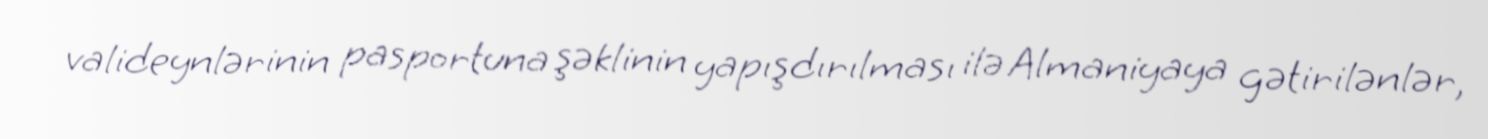
valideynlərinin pasportuna şəklinin yapışdırılması ilə Almaniyaya gətirilənlər,